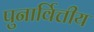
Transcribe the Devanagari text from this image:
पुनार्वित्तीय